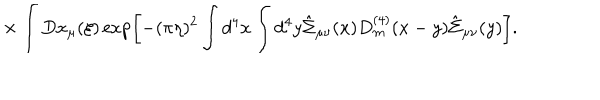
\times \int D x _ { \mu } ( \xi ) \exp \left[ - ( \pi \eta ) ^ { 2 } \int d ^ { 4 } x \int d ^ { 4 } y \hat { \Sigma } _ { \mu \nu } ( x ) D _ { m } ^ { ( 4 ) } ( x - y ) \hat { \Sigma } _ { \mu \nu } ( y ) \right] .